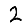
Digit: 2